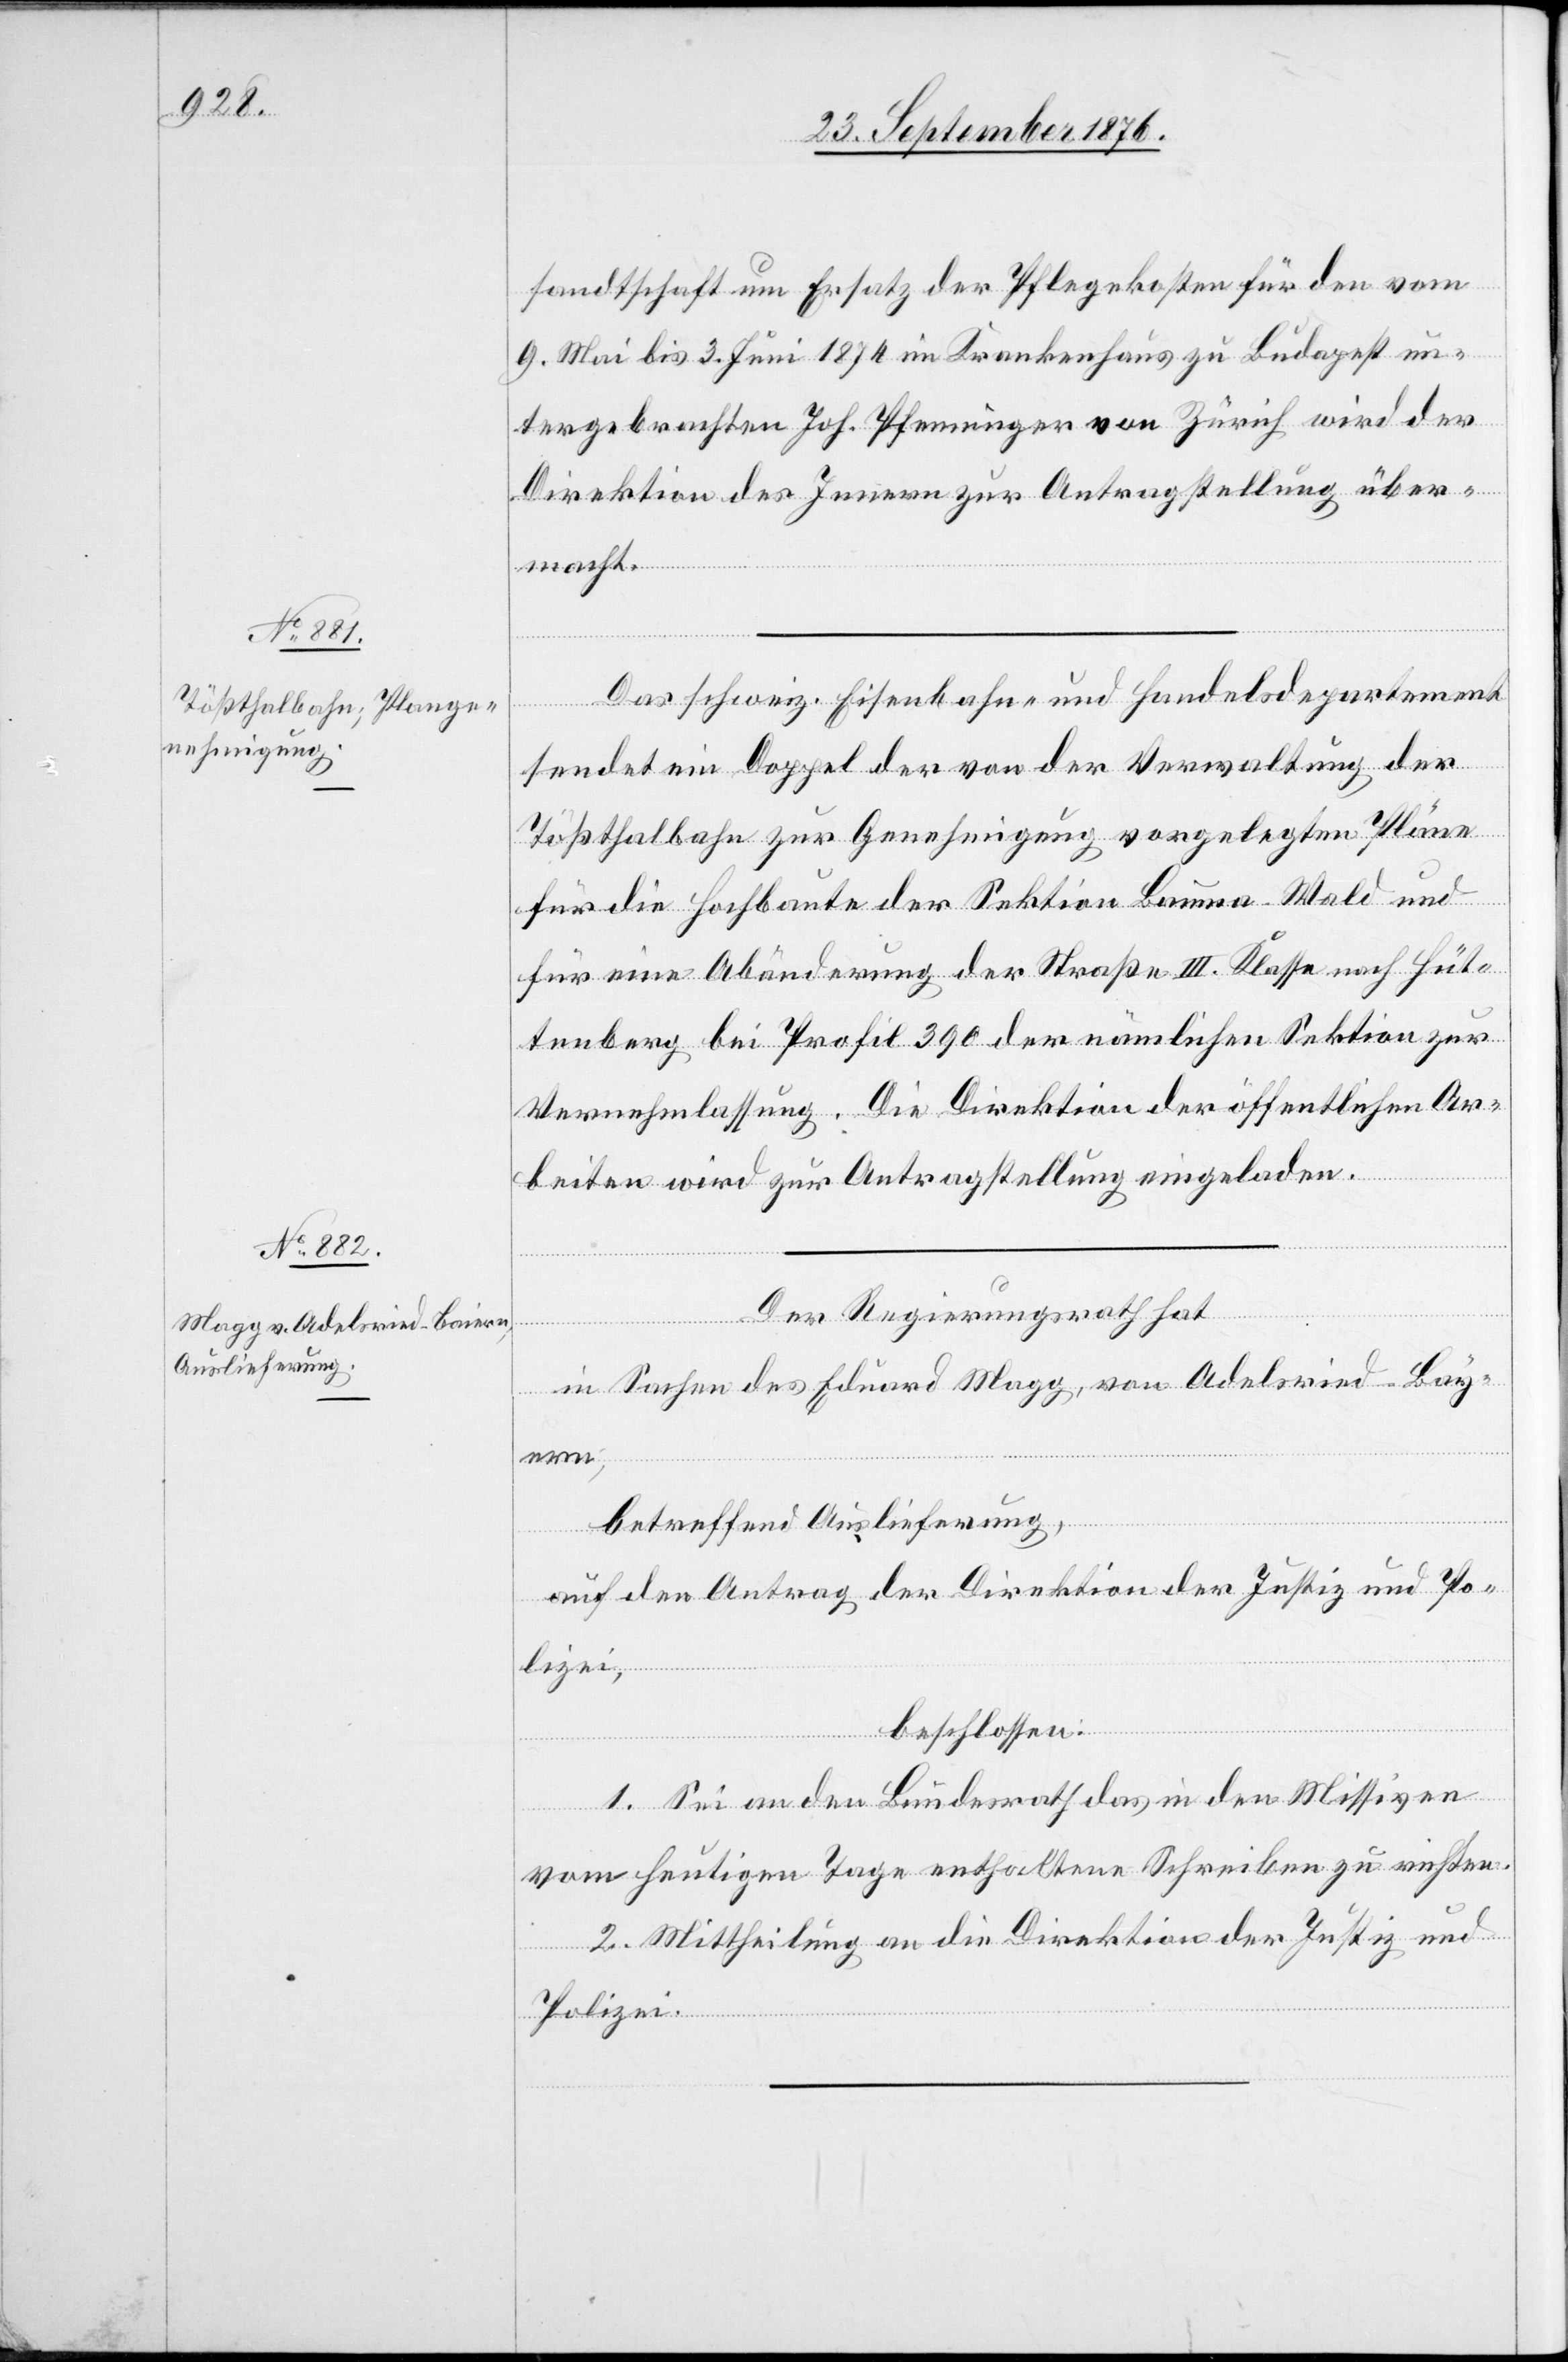
29. September 1876.]
sandtschaft um Ersatz der Pflegekosten für den vom
9. Mai bis 3. Juni 1874 im Krankenhaus zu Budapest un¬
tergebrachten Joh. Pfenninger von Zürich wird der
Direktion des Innern zur Antragstellung über¬
macht.
Das schweiz. Eisenbahn- und Handelsdepartement
sendet ein Doppel der von der Verwaltung der
Tößthalbahn zur Genehmigung vorgelegten Pläne
für die Hochbaute der Sektion Bauma–Wald und
für eine Abänderung der Straße III. Klasse nach Hüt¬
tenberg bei Profil 390 der nämlichen Sektion zur
Vernehmlassung. Die Direktion der öffentlichen Ar¬
beiten wird zur Antragstellung eingeladen.
Der Regierungsrath hat
in Sachen des Eduard Magg, von Adelsried - Bay¬
ern,
betreffend Auslieferung,
auf den Antrag der Direktion der Justiz und Po¬
lizei,
beschlossen:
1. Sei an den Bundesrath das in den Missiven
vom heutigen Tage enthaltene Schreiben zu richten.
2. Mittheilung an die Direktion der Justiz und
Polizei.